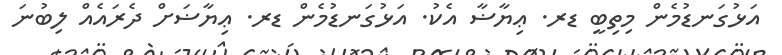
އަޅުގަނޑުމެން މިތިބީ ޑރ. ޢިޔާޟާ އެކު. އަޅުގަނޑުމެން ޑރ. ޢިޔާޟަށް ދެރައެއް ލިބުނަ